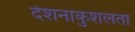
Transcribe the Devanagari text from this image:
देशनाकुशलता